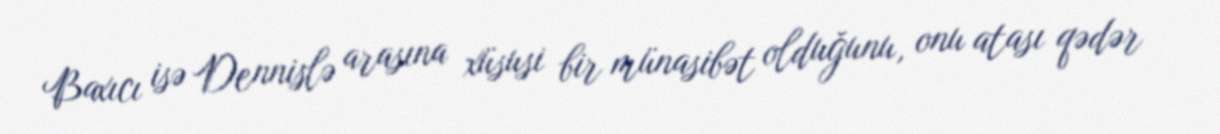
Baxıcı isə Dennislə arasına xüsusi bir münasibət olduğunu, onu atası qədər